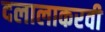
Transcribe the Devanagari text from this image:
दलालाकरवी